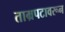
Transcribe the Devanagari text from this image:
ताम्रपटावरून